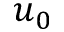
u _ { 0 }